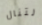
لتنال